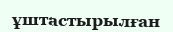
ұштастырылған